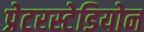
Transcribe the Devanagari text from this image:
प्रेटरस्टेडियोन